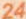
24